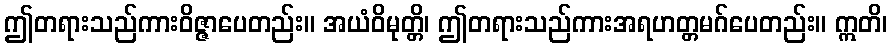
ဤတရားသည်ကားဝိဇ္ဇာပေတည်း။ အယံဝိမုတ္တိ၊ ဤတရားသည်ကားအရဟတ္တမဂ်ပေတည်း။ ဣတိ၊